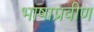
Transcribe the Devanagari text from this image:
भाषाप्रवीण